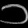
Digit: ၁